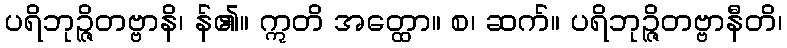
ပရိဘုဉ္ဇိတဗ္ဗာနိ၊ န်၏။ ဣတိ အတ္ထော။ စ၊ ဆက်။ ပရိဘုဉ္ဇိတဗ္ဗာနီတိ၊